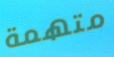
متهمة